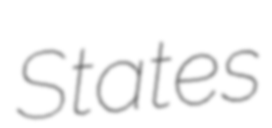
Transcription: States